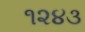
૧૨૪૩